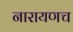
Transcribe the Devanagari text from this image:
नारायणच